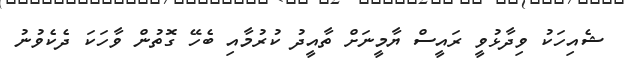
ޝެއިހަކު ވިދާޅުވީ ރައީސް ޔާމީނަށް ތާއީދު ކުރުމާއި ބެހޭ ގޮތުން ވާހަކަ ދެކެވުނު